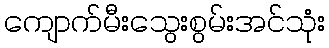
ကျောက်မီးသွေးစွမ်းအင်သုံး